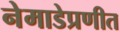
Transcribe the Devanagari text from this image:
नेमाडेप्रणीत